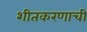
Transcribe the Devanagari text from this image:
शीतकरणाची